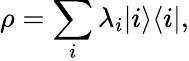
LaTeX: \rho=\sum_{i}\lambda_{i}|i\rangle\langle i|,